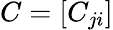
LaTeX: C=[C_{ji}]